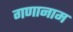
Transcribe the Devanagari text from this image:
गणानाम